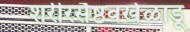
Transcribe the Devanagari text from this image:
शरीरसैष्ठवखेळाडू